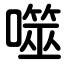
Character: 噬